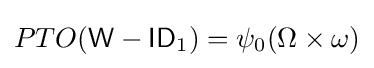
PTO({\mathsf {W-ID}}_{1})=\psi _{0}(\Omega \times \omega )